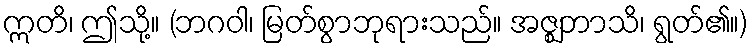
ဣတိ၊ ဤသို့။ (ဘဂဝါ၊ မြတ်စွာဘုရားသည်။ အဇ္ဈဘာသိ၊ ရွတ်၏။)